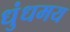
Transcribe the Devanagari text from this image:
धुंधमय